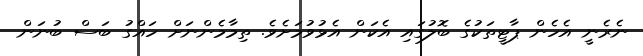
ނެރެނީ އެހެން ޕާޓީތަކުގެ ބޮލުގައި އެކަން އެޅުވުމަށެވެ. ތިމާމެންނަށް ހައްގު ބަސް ބުނަން